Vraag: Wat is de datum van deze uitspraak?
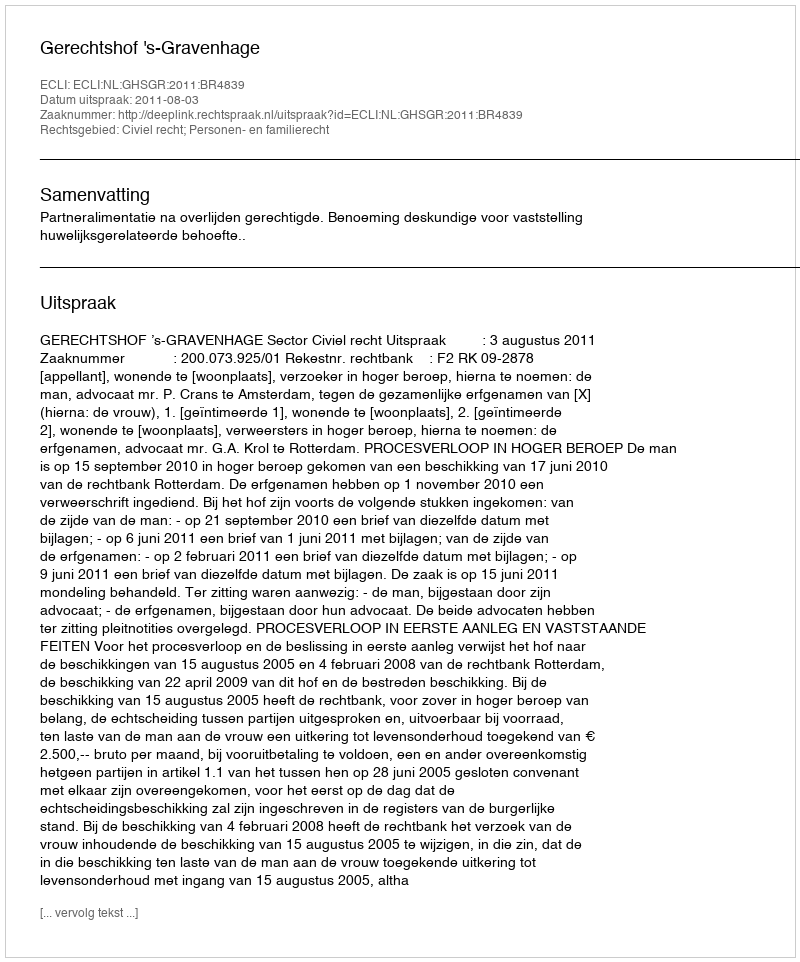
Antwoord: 2011-08-03